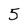
Character: 5